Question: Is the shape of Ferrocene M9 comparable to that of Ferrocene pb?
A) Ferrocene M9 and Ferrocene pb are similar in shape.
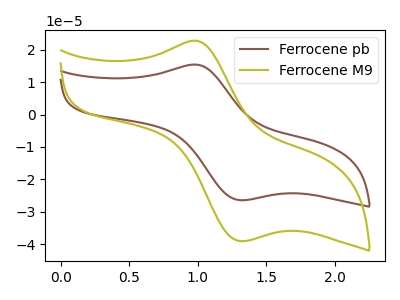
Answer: <think>The brown curve "Ferrocene pb" has an anodic peak at (0.95V, 15.40uA) and a cathodic peak at (1.30V, -26.45uA). The olive curve "Ferrocene M9" has an anodic peak at (0.95V, 22.75uA) and a cathodic peak at (1.30V, -39.05uA).
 All the peaks in "Ferrocene M9" have a peak in "Ferrocene pb" at the same potential. Every peak in "Ferrocene M9" is higher than every peak in "Ferrocene pb".</think>
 <answer>A) "Ferrocene M9" and "Ferrocene pb" are similar in shape.</answer>
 <eval>A</eval>